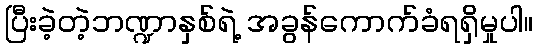
ပြီးခဲ့တဲ့ဘဏ္ဍာနှစ်ရဲ့ အခွန်ကောက်ခံရရှိမှုပါ။